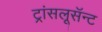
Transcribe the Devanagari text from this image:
ट्रांसलूसॅन्ट